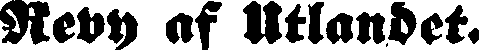
Revy as Utlandet.